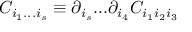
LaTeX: C _ { i _ { 1 } . . . i _ { s } } \equiv \partial _ { i _ { s } } . . . \partial _ { i _ { 4 } } C _ { i _ { 1 } i _ { 2 } i _ { 3 } }